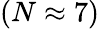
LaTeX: (N\approx 7)